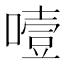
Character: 噎